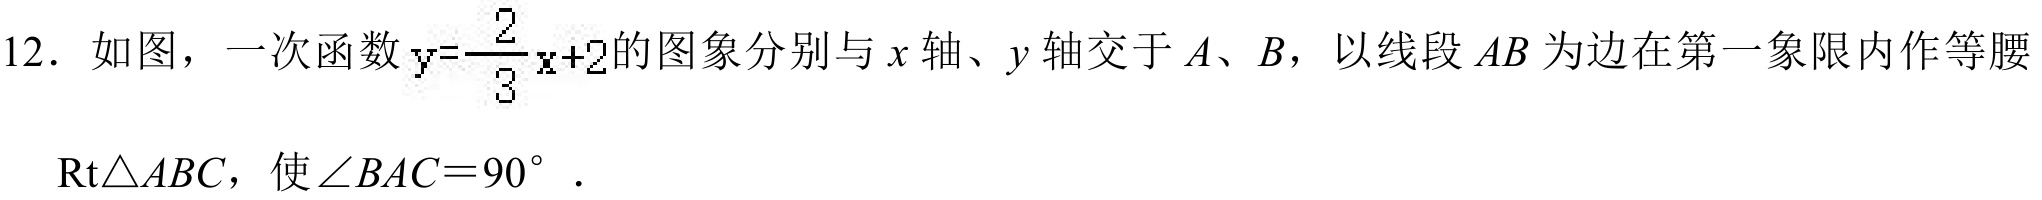
12. 如图，一次函数 \(y = \dfrac{2}{3}x + 2\) 的图象分别与 \(x\) 轴、\(y\) 轴交于 \(A\)、\(B\)，以线段 \(AB\) 为边在第一象限内作等腰\(\text{Rt}\triangle ABC\)，使\(\angle BAC = 90^{\circ}\)．